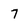
Character: 7